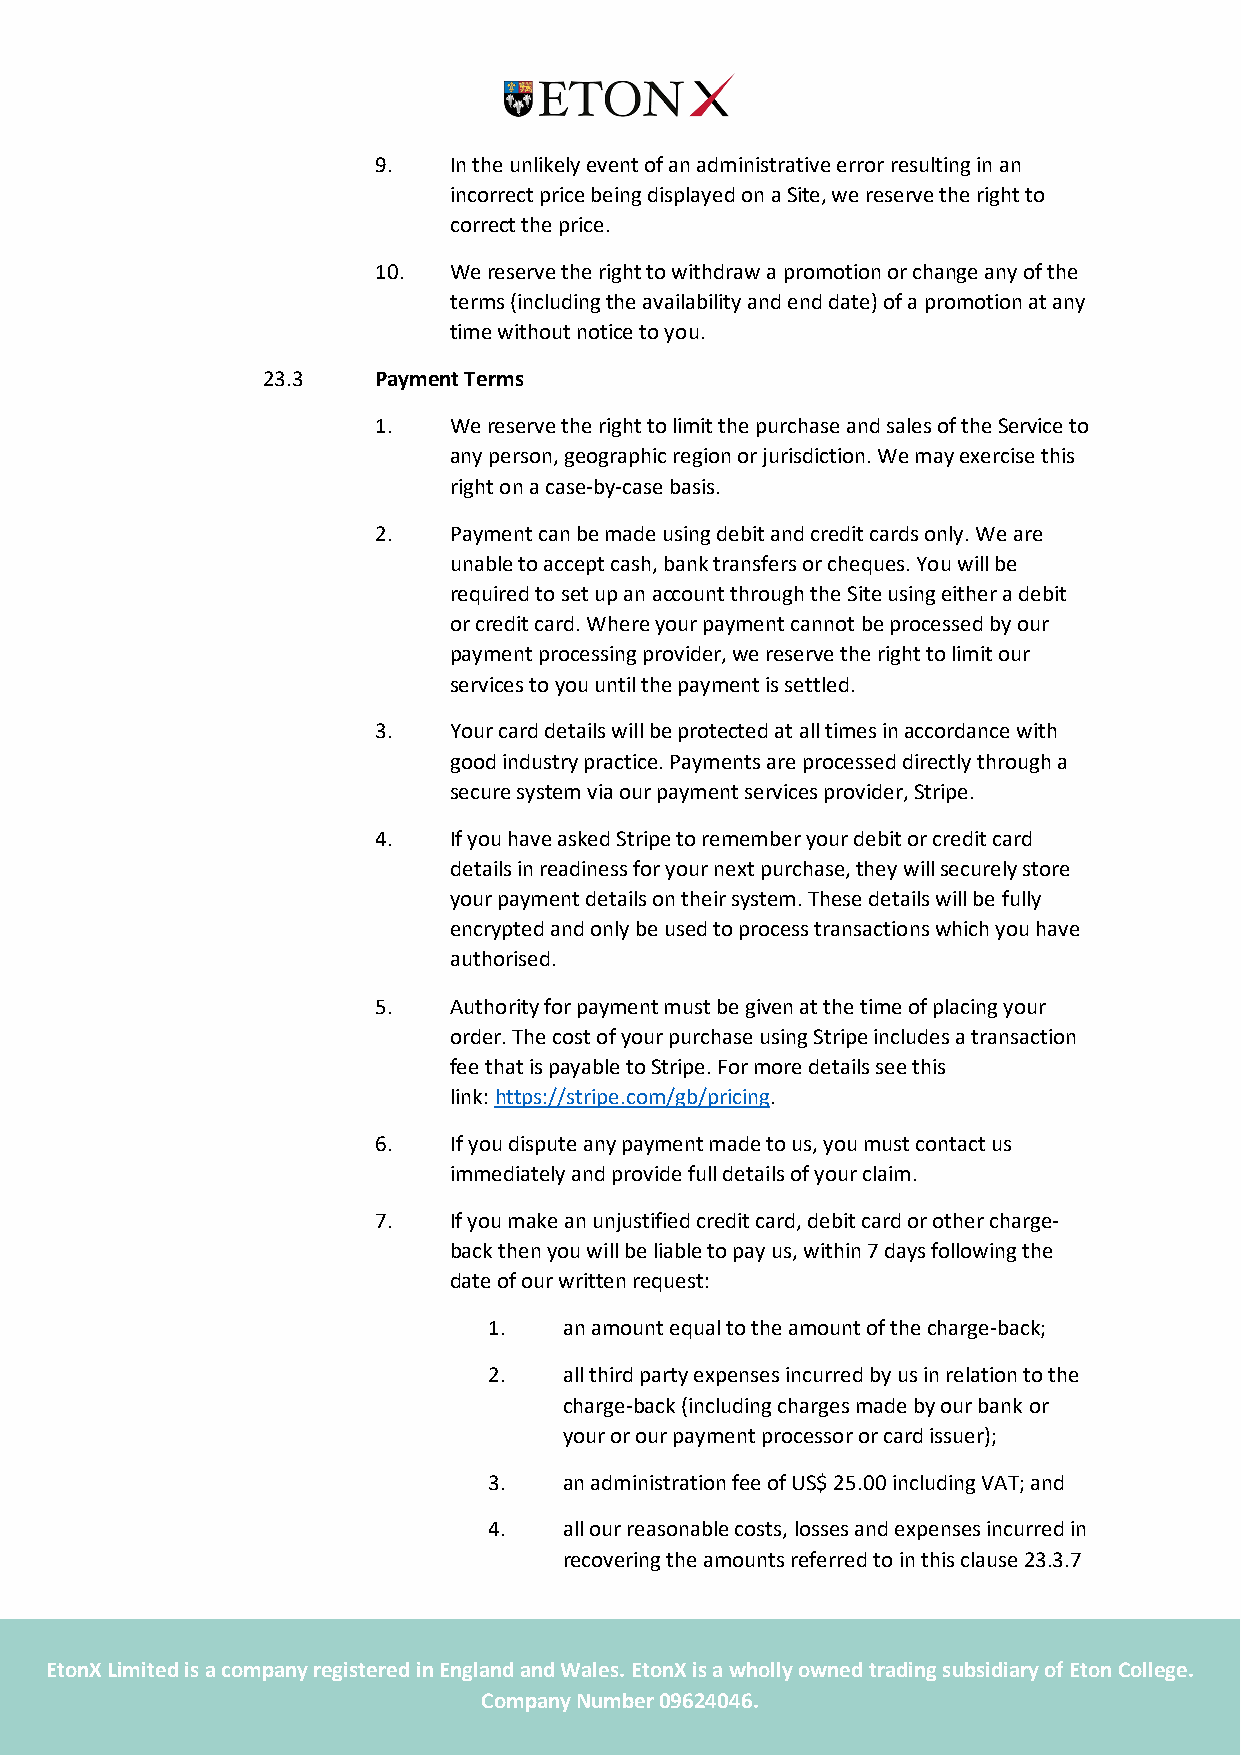
9.   In the unlikely event of an administrative error resulting in an
 incorrect price being displayed on a Site, we reserve the right to
 correct the price.
 10.  We reserve the right to withdraw a promotion or change any of the
 terms (including the availability and end date) of a promotion at any
 time without notice to you.
 23.3    Payment Terms
 1.   We reserve the right to limit the purchase and sales of the Service to
 any person, geographic region or jurisdiction. We may exercise this
 right on a case-by-case basis.
 2.   Payment can be made using debit and credit cards only. We are
 unable to accept cash, bank transfers or cheques. You will be
 required to set up an account through the Site using either a debit
 or credit card. Where your payment cannot be processed by our
 payment processing provider, we reserve the right to limit our
 services to you until the payment is settled.
 3.   Your card details will be protected at all times in accordance with
 good industry practice. Payments are processed directly through a
 secure system via our payment services provider, Stripe.
 4.   If you have asked Stripe to remember your debit or credit card
 details in readiness for your next purchase, they will securely store
 your payment details on their system. These details will be fully
 encrypted and only be used to process transactions which you have
 authorised.
 5.   Authority for payment must be given at the time of placing your
 order. The cost of your purchase using Stripe includes a transaction
 fee that is payable to Stripe. For more details see this
 link: https://stripe.com/gb/pricing.
 6.   If you dispute any payment made to us, you must contact us
 immediately and provide full details of your claim.
 7.   If you make an unjustified credit card, debit card or other charge-
 back then you will be liable to pay us, within 7 days following the
 date of our written request:
 1.   an amount equal to the amount of the charge-back;
 2.   all third party expenses incurred by us in relation to the
 charge-back (including charges made by our bank or
 your or our payment processor or card issuer);
 3.   an administration fee of US$ 25.00 including VAT; and
 4.   all our reasonable costs, losses and expenses incurred in
 recovering the amounts referred to in this clause 23.3.7
 EtonX Limit ed is a company registered in England and Wales. EtonX is a wholly owned trading subsidiary of Eton College.
 Company Number 09624046.